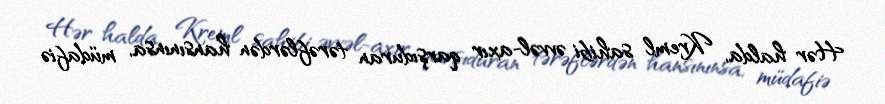
Hər halda, Kreml sahibi əvvəl-axır qarşıduran tərəflərdən hansınınsa, müdafiə